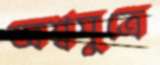
অশ্বমুত্রে